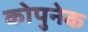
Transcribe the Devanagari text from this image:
कोपुनेक